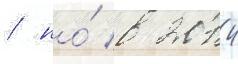
/ но́ в 2014